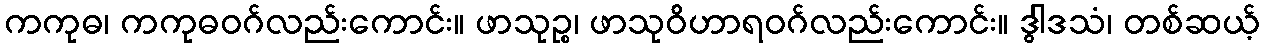
ကကုဓ၊ ကကုဓဝဂ်လည်းကောင်း။ ဖာသုဉ္စ၊ ဖာသုဝိဟာရဝဂ်လည်းကောင်း။ ဒွါဒသံ၊ တစ်ဆယ့်